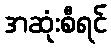
အဆုံးစီရင်